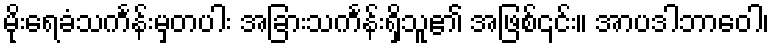
မိုးရေခံသင်္ကန်းမှတပါး အခြားသင်္ကန်းရှိသူ၏ အဖြစ်၎င်း။ အာပဒါဘာဝေါ၊